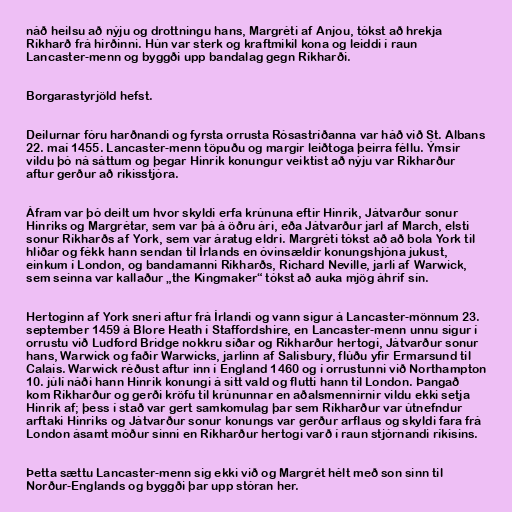
náð heilsu að nýju og drottningu hans, Margréti af Anjou, tókst að hrekja
Ríkharð frá hirðinni. Hún var sterk og kraftmikil kona og leiddi í raun
Lancaster-menn og byggði upp bandalag gegn Ríkharði.

Borgarastyrjöld hefst.

Deilurnar fóru harðnandi og fyrsta orrusta Rósastríðanna var háð við St. Albans
22. maí 1455. Lancaster-menn töpuðu og margir leiðtoga þeirra féllu. Ýmsir
vildu þó ná sáttum og þegar Hinrik konungur veiktist að nýju var Ríkharður
aftur gerður að ríkisstjóra.

Áfram var þó deilt um hvor skyldi erfa krúnuna eftir Hinrik, Játvarður sonur
Hinriks og Margrétar, sem var þá á öðru ári, eða Játvarður jarl af March, elsti
sonur Ríkharðs af York, sem var áratug eldri. Margréti tókst að að bola York til
hliðar og fékk hann sendan til Írlands en óvinsældir konungshjóna jukust,
einkum í London, og bandamanni Ríkharðs, Richard Neville, jarli af Warwick,
sem seinna var kallaður „the Kingmaker“ tókst að auka mjög áhrif sín.

Hertoginn af York sneri aftur frá Írlandi og vann sigur á Lancaster-mönnum 23.
september 1459 á Blore Heath í Staffordshire, en Lancaster-menn unnu sigur í
orrustu við Ludford Bridge nokkru síðar og Ríkharður hertogi, Játvarður sonur
hans, Warwick og faðir Warwicks, jarlinn af Salisbury, flúðu yfir Ermarsund til
Calais. Warwick réðust aftur inn í England 1460 og í orrustunni við Northampton
10. júlí náði hann Hinrik konungi á sitt vald og flutti hann til London. Þangað
kom Ríkharður og gerði kröfu til krúnunnar en aðalsmennirnir vildu ekki setja
Hinrik af; þess í stað var gert samkomulag þar sem Ríkharður var útnefndur
arftaki Hinriks og Játvarður sonur konungs var gerður arflaus og skyldi fara frá
London ásamt móður sinni en Ríkharður hertogi varð í raun stjórnandi ríkisins.

Þetta sættu Lancaster-menn sig ekki við og Margrét hélt með son sinn til
Norður-Englands og byggði þar upp stóran her.